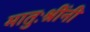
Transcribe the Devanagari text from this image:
मातुःश्रींनी